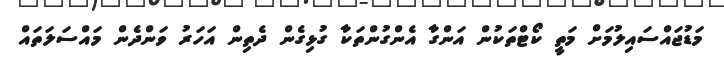
މަޑުޖައްސައިލުމަށް މަތީ ކޯޓްތަކުން އަންގާ އެންގުންތަކާ ގުޅިގެން ދެތިން އަހަރު ވަންދެން މައްސަލަތައް